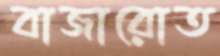
বাজারোত